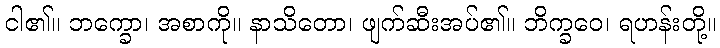
ငါ၏။ ဘက္ခော၊ အစာကို။ နာသိတော၊ ဖျက်ဆီးအပ်၏။ ဘိက္ခဝေ၊ ရဟန်းတို့။